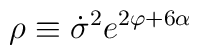
\rho \equiv \dot\sigma^2 e^{2\varphi+6\alpha }